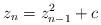
LaTeX: \begin{align*} z_{n} = z_{n-1}^2 + c\end{align*}